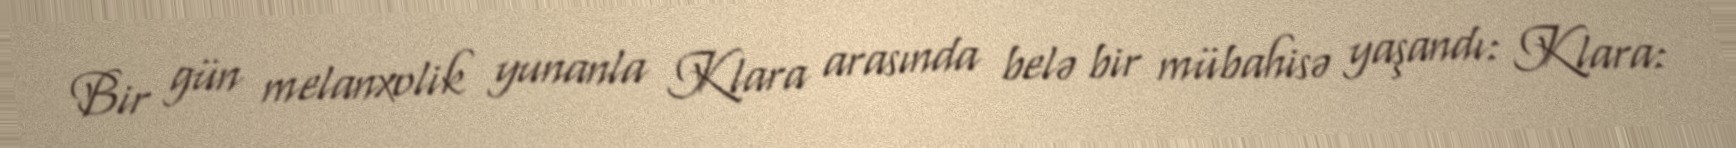
Bir gün melanxolik yunanla Klara arasında belə bir mübahisə yaşandı: Klara: